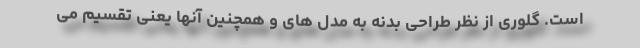
است. گلوری از نظر طراحی بدنه به مدل های و همچنین آنها یعنی تقسیم می